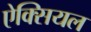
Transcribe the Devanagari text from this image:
ऐक्सियल